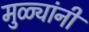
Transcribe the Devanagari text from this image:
मुळ्यांनी